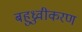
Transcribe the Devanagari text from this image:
बहुध्रुवीकरण